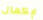
لإكمال